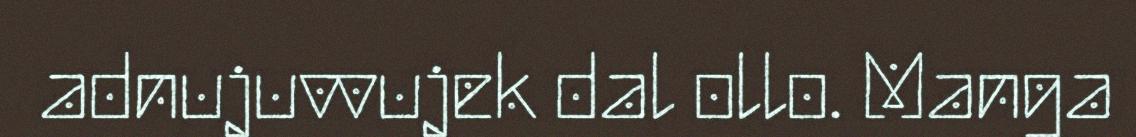
adnujuvvujek dal ollo. Manga